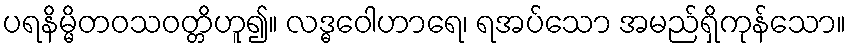
ပရနိမ္မိတဝသဝတ္တိဟူ၍။ လဒ္ဓဝေါဟာရေ၊ ရအပ်သော အမည်ရှိကုန်သော။